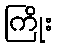
ကြိုး